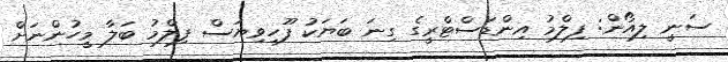
ސަނީ ލިއޯން: ފިލްމު އިންޑަސްޓްރީގެ ގިނަ ބަޔަކު ފޫހިވިޔަސް ފިލްމު ބަލާ މީހުންނަށް